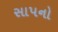
સાપનો